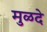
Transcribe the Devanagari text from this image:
मुळदे